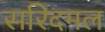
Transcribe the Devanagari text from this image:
सरिदमल